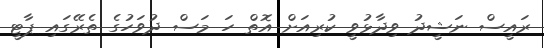
ރައީސް ނަޝީދު ވިދާޅުވީ ކުރިއަށް އޮތް ހަ މަސް ދުވަހުގެ ތެރޭގައި ޕާޓީ